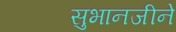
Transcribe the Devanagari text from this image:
सुभानजीने